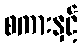
စကားနှင့်